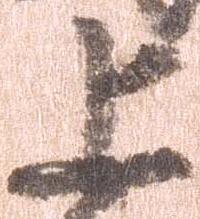
上